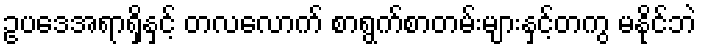
ဥပဒေအရာရှိနှင့် တလလောက် စာရွက်စာတမ်းများနှင့်တကွ မနိုင်ဘဲ